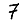
Digit: 7